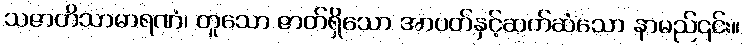
သဇာတိသာဓာရဏံ၊ တူသော ဇာတ်ရှိသော အာပတ်နှင့်ဆက်ဆံသော နာမည်၎င်း။